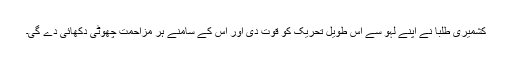
کشمیری طلبا نے اپنے لہو سے اس طویل تحریک کو قوت دی اور اس کے سامنے ہر مزاحمت چھوٹی دکھائی دے گی۔